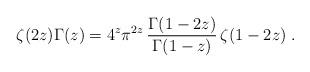
LaTeX: \begin{align*}\zeta(2z)\Gamma(z)=4^{z}\pi^{2z}\,\frac{\Gamma(1-2z)}{\Gamma(1-z)}\,\zeta(1-2z)\; .\end{align*}